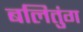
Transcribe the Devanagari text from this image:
बलितुंग